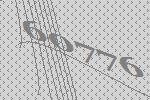
60776